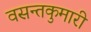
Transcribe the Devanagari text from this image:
वसन्तकुमारी